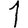
Digit: 1